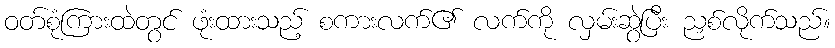
ဝတ်စုံကြားထဲတွင် ဖုံးထားသည့် စကားလက်၏ လက်ကို လှမ်းဆွဲပြီး ညှစ်လိုက်သည်။